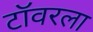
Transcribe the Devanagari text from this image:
टॉवरला